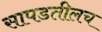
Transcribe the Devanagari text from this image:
सापडतीलच